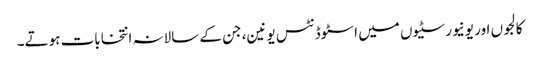
کالجوں اور یونیورسٹیوں میں اسٹوڈنٹس یونین، جن کے سالانہ انتخابات ہوتے۔